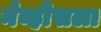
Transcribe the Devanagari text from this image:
नेव्हीसला